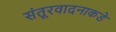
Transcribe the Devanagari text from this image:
संतूरवादनाकडे